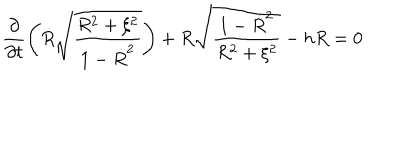
LaTeX: \frac { \partial } { \partial t } \left( \dot { R } \sqrt { \frac { R ^ { 2 } + \xi ^ { 2 } } { 1 - \dot { R } ^ { 2 } } } \right) + R \sqrt { \frac { 1 - \dot { R } ^ { 2 } } { R ^ { 2 } + \xi ^ { 2 } } } - h R = 0